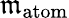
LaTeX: {\mathfrak{m}}_{\mathrm{atom}}